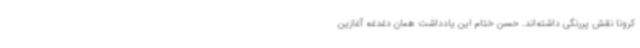
کرونا نقش پررنگی داشته‌اند. حسن ‌ختام این یادداشت همان دغدغه آغازین